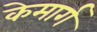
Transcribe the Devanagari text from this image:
केमार्ग